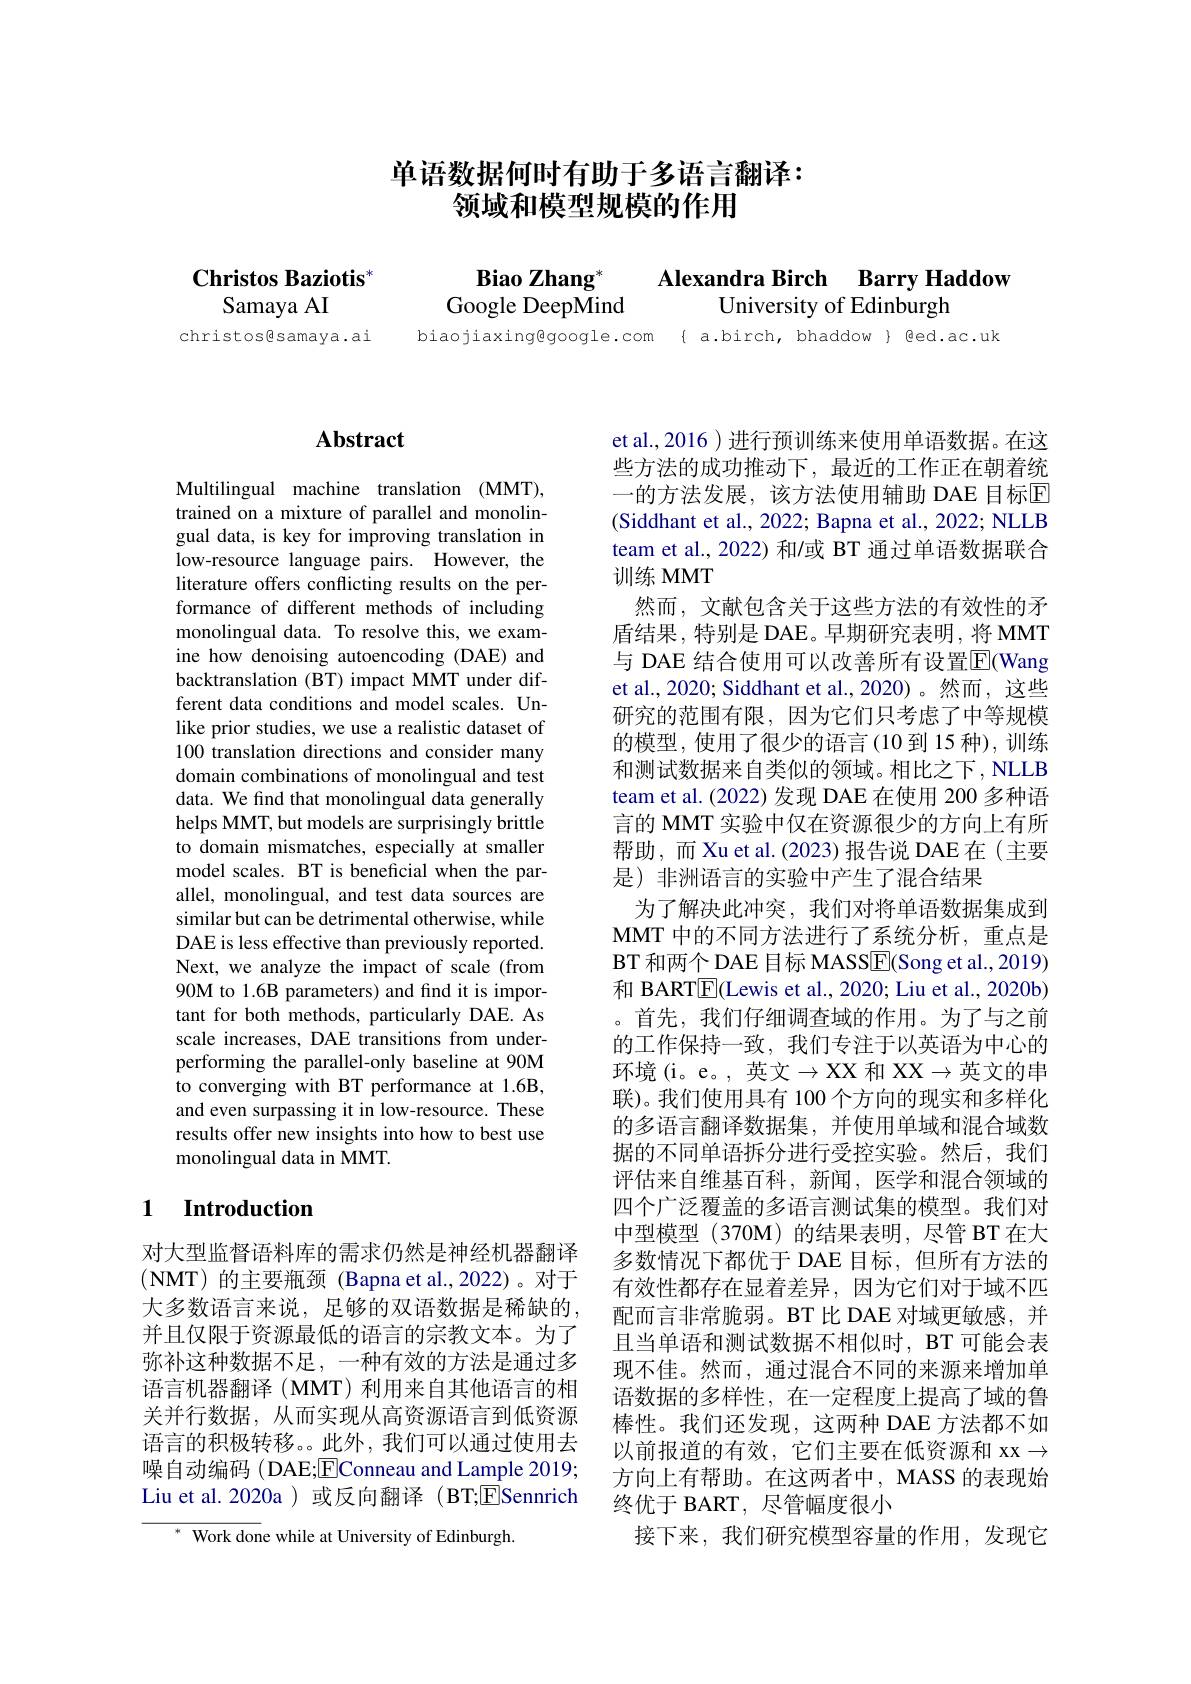
$\textbf{Christos Baziotis}^{*}$
Samaya AI

christosgsamaya.ai

## 单语数据何时有助于多语言翻译： 领域和模型规模的作用

Alexandra Birch Barry Haddow
$\textbf{Biao Zhang}^*$
Google DeepMind
University of Edinburgh

biaojiaxingegoogle.com { a.birch, bhaddow } ged.ac.uk

## $\mathbf{Abstract}$

Multilingual machine translation (MMT), trained on a mixture of parallel and monolingual data, is key for improving translation in low-resource language pairs. However, the literature offers conflicting results on the performance of different methods of including monolingual data. To resolve this, we examine how denoising autoencoding (DAE) and backtranslation (BT) impact MMT under different data conditions and model scales. Unlike prior studies, we use a realistic dataset of 100 translation directions and consider many domain combinations of monolingual and test data. We find that monolingual data generally helps MMT, but models are surprisingly brittle to domain mismatches, especially at smaller model scales. BT is beneficial when the parallel, monolingual, and test data sources are similar but can be detrimental otherwise, while DAE is less effective than previously reported. Next, we analyze the impact of scale (from 90M to 1.6B parameters) and find it is important for both methods, particularly DAE. As scale increases, DAE transitions from underperforming the parallel-only baseline at 90M to converging with BT performance at 1.6B, and even surpassing it in low-resource. These results offer new insights into how to best use monolingual data in MMT.

### 1 $\textbf{Introduction}$

对大型监督语料库的需求仍然是神经机器翻译(NMT)的主要瓶颈(Bapna et al.,2022)。对于大多数语言来说，足够的双语数据是稀缺的并且仅限于资源最低的语言的宗教文本。为了弥补这种数据不足，一种有效的方法是通过多语言机器翻译 (MMT) 利用来自其他语言的相关并行数据，从而实现从高资源语言到低资源语言的积极转移。。此外，我们可以通过使用去噪自动编码 (DAE;EConneau and Lample 2019; Liu et al.2020a )或反向翻译 (BT;ESennrich

$^{*}{\mathrm{~Work~done~while~at~University~of~Edinburgh.}}$

et al., 2016 ) 进行预训练来使用单语数据。在这些方法的成功推动下，最近的工作正在朝着统一的方法发展，该方法使用辅助 DAE 目标回(Siddhant et al., 2022; Bapna et al., 2022; NLLB team et al., 2022) 和/或 BT 通过单语数据联合训练 MMT
然而，文献包含关于这些方法的有效性的矛盾结果，特别是 DAE。早期研究表明，将 MMT 与 DAE 结合使用可以改善所有设置$\overline{\mathrm{E}}($Wang et al., 2020; Siddhant et al., 2020) 。然而，这些研究的范围有限，因为它们只考虑了中等规模的模型，使用了很少的语言(10 到 15 种),训练和测试数据来自类似的领域。相比之下，NLLB team et al. (2022) 发现 DAE 在使用 200 多种语言的 MMT 实验中仅在资源很少的方向上有所帮助，而 Xu et al.(2023) 报告说 DAE 在(主要是)非洲语言的实验中产生了混合结果
为了解决此冲突，我们对将单语数据集成到MMT 中的不同方法进行了系统分析，重点是BT 和两个 DAE 目标 MASS$\underline{\mathrm{E}}($Song et al., 2019) 和 BART$\boxed{\mathrm{E}}($Lewis et al., 2020; Liu et al., 2020b) 。首先，我们仔细调查域的作用。为了与之前的工作保持一致，我们专注于以英语为中心的环境(i。e。,英文$\to$XX 和 XX$\to$英文的串联)。我们使用具有 100 个方向的现实和多样化的多语言翻译数据集，并使用单域和混合域数据的不同单语拆分进行受控实验。然后，我们评估来自维基百科，新闻，医学和混合领域的四个广泛覆盖的多语言测试集的模型。我们对中型模型 (370M)的结果表明，尽管 BT 在大多数情况下都优于 DAE 目标，但所有方法的有效性都存在显着差异，因为它们对于域不匹配而言非常脆弱。BT 比 DAE 对域更敏感，并且当单语和测试数据不相似时，BT 可能会表现不佳。然而，通过混合不同的来源来增加单语数据的多样性，在一定程度上提高了域的鲁棒性。我们还发现，这两种 DAE 方法都不如以前报道的有效，它们主要在低资源和 xx $\to$ 方向上有帮助。在这两者中，MASS 的表现始终优于 BART, 尽管幅度很小
接下来，我们研究模型容量的作用，发现它